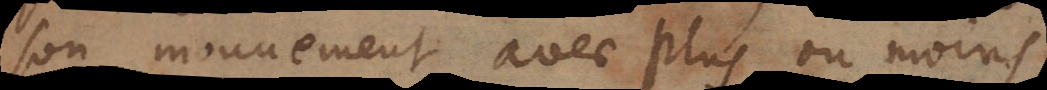
son mouvement avec plus ou moins